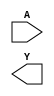
module inv (A, Y);
   input A;
   output Y;
endmodule

module test_inv_call(I, O);
   input [3:0] I;
   output [3:0] O;
   wire 	in;
   wire 	out;

   inv i1( in,    out);
   inv i2( I[0],  out);
   inv i3( in,    O[1]);
   inv i4( I[2],  O[2]);
   inv i5( .Y(O[3]), .A(I[3]) );
   
endmodule // test_inv_call